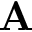
\mathbf { A }